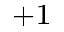
^ { + 1 }